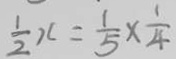
\frac { 1 } { 2 } x = \frac { 1 } { 5 } \times \frac { 1 } { 4 }